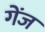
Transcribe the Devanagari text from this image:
गेंज